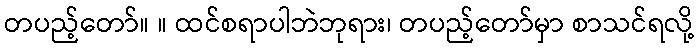
တပည့်တော်။ ။ ထင်စရာပါဘဲဘုရား၊ တပည့်တော်မှာ စာသင်ရလို့